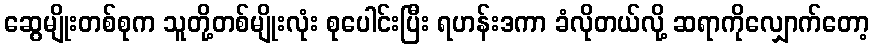
ဆွေမျိုးတစ်စုက သူတို့တစ်မျိုးလုံး စုပေါင်းပြီး ရဟန်းဒကာ ခံလိုတယ်လို့ ဆရာကိုလျှောက်တော့